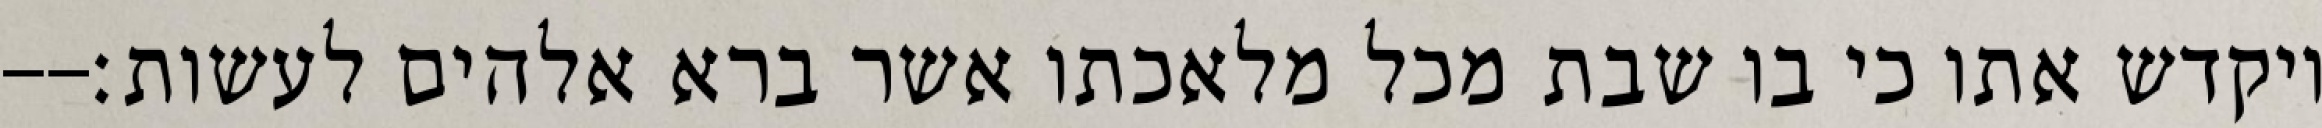
ויקדש אתו כי בו שבת מכל מלאכתו אשר ברא אלהים לעשות׃--